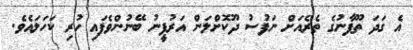
އެ ގަދަ ތޫފާނުގެ ތެރެއަށް ނަފުސު ދޫކޮށްލަން އަރުފީނު ބޭނުންވެފައި ހުރި ކަހަލައެވެ.